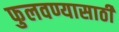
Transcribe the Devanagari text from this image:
फुलवण्यासाठी